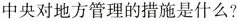
中央对地方管理的措施是什么?